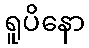
ရူပိနော